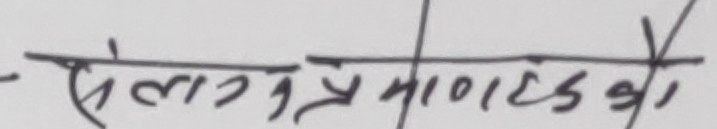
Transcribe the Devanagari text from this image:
से लागत्र भासाइट यो